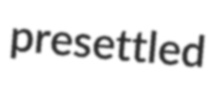
presettled